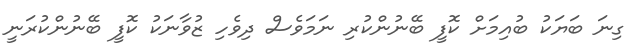
ގިނަ ބަޔަކު ބުއިމަށް ކޮފީ ބޭނުންކުރި ނަމަވެސް ދިވެހި ޒުވާނަކު ކޮފީ ބޭނުންކުރަނީ